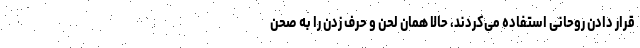
قرار دادن روحانی استفاده می‌کردند، حالا همان لحن و حرف زدن را به صحن